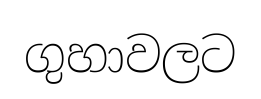
ගුහාවලට